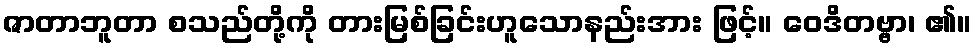
ဇာတာဘူတာ စသည်တို့ကို တားမြစ်ခြင်းဟူသောနည်းအား ဖြင့်။ ဝေဒိတဗ္ဗာ၊ ၏။